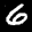
Label: 6